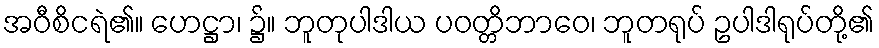
အဝီစိငရဲ၏။ ဟေဋ္ဌာ၊ ၌။ ဘူတုပါဒါယ ပဝတ္တိဘာဝေ၊ ဘူတရုပ် ဥပါဒါရုပ်တို့၏